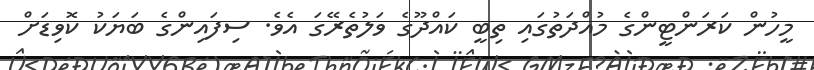
މީހުން ކަރަންޓީންގެ މުއްދަތުގައި ތިބީ ކައްދޫގެ ވަލުތެރޭގަ އެވެ. ސިފައިންގެ ބަޔަކު ކޮވިޑަށް